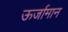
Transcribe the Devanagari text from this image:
ऊर्जामान